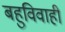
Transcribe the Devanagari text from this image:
बहुविवाही